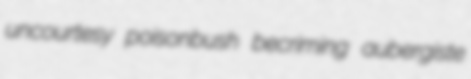
uncourtesy poisonbush becriming aubergiste